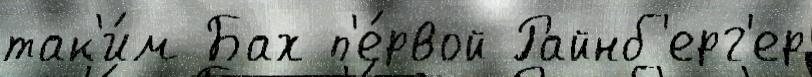
так'и́м Бах п'е́рвой Райнб'ерг'ер